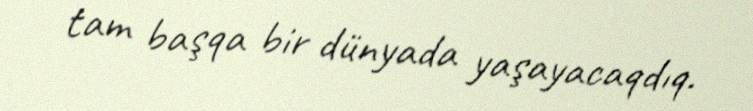
tam başqa bir dünyada yaşayacaqdıq.